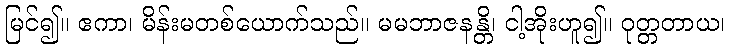
မြင်၍။ ဧကာ၊ မိန်းမတစ်ယောက်သည်။ မမဘာဇနန္တိ၊ ငါ့အိုးဟူ၍။ ဝုတ္တတာယ၊